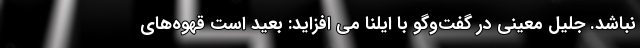
نباشد. جلیل معینی در گفت‌وگو با ایلنا می افزاید: بعید است قهوه‌های